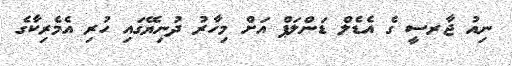
ނިއު ޖާރސީ ގެ އެޑެލް ޑަންލަޕް އަށް މިހާރު ދުނިޔޭގައި ހުރި އެމެރިކާގެ